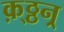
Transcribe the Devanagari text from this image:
क़्ठ्ठन्र्